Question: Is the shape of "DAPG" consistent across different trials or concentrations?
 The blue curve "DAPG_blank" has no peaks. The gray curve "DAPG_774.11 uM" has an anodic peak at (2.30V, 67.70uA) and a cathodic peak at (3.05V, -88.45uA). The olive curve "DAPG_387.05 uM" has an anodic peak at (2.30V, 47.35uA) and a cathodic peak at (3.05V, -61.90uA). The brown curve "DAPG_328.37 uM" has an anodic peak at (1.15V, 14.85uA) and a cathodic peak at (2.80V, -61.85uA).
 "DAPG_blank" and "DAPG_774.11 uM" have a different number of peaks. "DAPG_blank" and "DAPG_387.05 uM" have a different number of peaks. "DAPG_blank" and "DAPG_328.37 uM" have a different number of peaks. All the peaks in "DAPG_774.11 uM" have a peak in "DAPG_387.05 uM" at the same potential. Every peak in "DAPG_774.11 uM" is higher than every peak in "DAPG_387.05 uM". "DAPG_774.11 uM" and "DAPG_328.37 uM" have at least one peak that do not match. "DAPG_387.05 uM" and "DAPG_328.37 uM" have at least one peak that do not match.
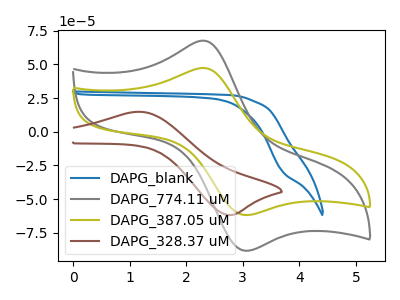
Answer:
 <answer>All the CV's of "DAPG" have similar shape.</answer>
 <eval>follow_rule</eval>